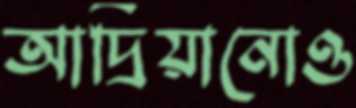
আদ্রিয়ানোও